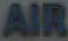
AIR